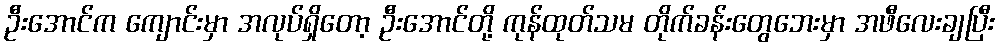
ဦးအောင်က ကျောင်းမှာ အလုပ်ရှိတော့ ဦးအောင်တို့ ကုန်ထုတ်သမ တိုက်ခန်းတွေဘေးမှာ အဖီလေးချပြီး